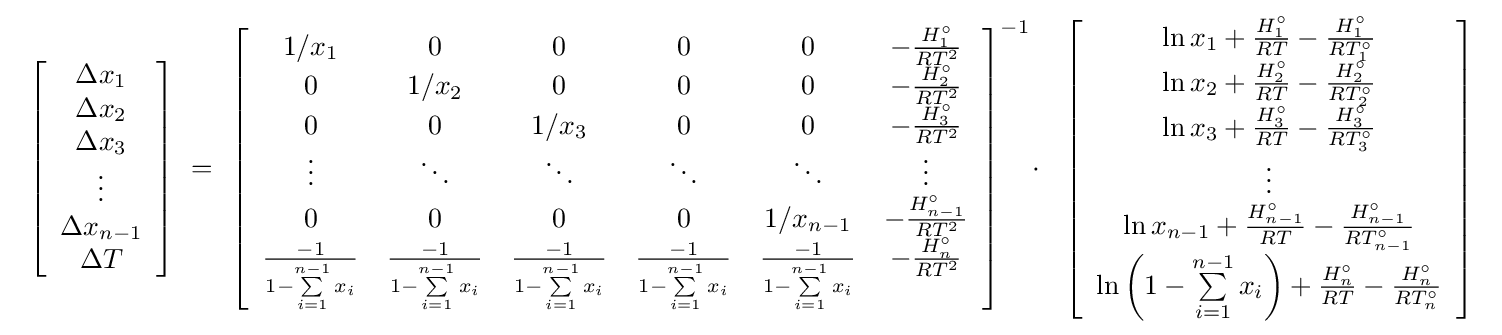
{\begin{array}{c}\left[{\begin{array}{*{20}c}{\Delta x_{1}}\\{\Delta x_{2}}\\{\Delta x_{3}}\\\vdots \\{\Delta x_{n-1}}\\{\Delta T}\\\end{array}}\right]\ =\ \left[{\begin{array}{*{20}c}{1/x_{1}}&0&0&0&0&{-{\frac {H_{1}^{\circ }}{RT^{2}}}}\\0&{1/x_{2}}&0&0&0&{-{\frac {H_{2}^{\circ }}{RT^{2}}}}\\0&0&{1/x_{3}}&0&0&{-{\frac {H_{3}^{\circ }}{RT^{2}}}}\\\vdots &\ddots &\ddots &\ddots &\ddots &{\vdots }\\0&0&0&0&{1/x_{n-1}}&{-{\frac {H_{n-1}^{\circ }}{RT^{2}}}}\\{\frac {-1}{1-\sum \limits _{i=1}^{n-1}{x_{i}}}}&{\frac {-1}{1-\sum \limits _{i=1}^{n-1}{x_{i}}}}&{\frac {-1}{1-\sum \limits _{i=1}^{n-1}{x_{i}}}}&{\frac {-1}{1-\sum \limits _{i=1}^{n-1}{x_{i}}}}&{\frac {-1}{1-\sum \limits _{i=1}^{n-1}{x_{i}}}}&{-{\frac {H_{n}^{\circ }}{RT^{2}}}}\\\end{array}}\right]^{-1}\!\cdot \ \ \left[{\begin{array}{*{20}c}{\ln x_{1}+{\frac {H_{1}^{\circ }}{RT}}-{\frac {H_{1}^{\circ }}{RT_{1}^{\circ }}}}\\{\ln x_{2}+{\frac {H_{2}^{\circ }}{RT}}-{\frac {H_{2}^{\circ }}{RT_{2}^{\circ }}}}\\{\ln x_{3}+{\frac {H_{3}^{\circ }}{RT}}-{\frac {H_{3}^{\circ }}{RT_{3}^{\circ }}}}\\\vdots \\{\ln x_{n-1}+{\frac {H_{n-1}^{\circ }}{RT}}-{\frac {H_{n-1}^{\circ }}{RT_{n-1}^{\circ }}}}\\{\ln \left({1-\sum \limits _{i=1}^{n-1}{x_{i}}}\right)+{\frac {H_{n}^{\circ }}{RT}}-{\frac {H_{n}^{\circ }}{RT_{n}^{\circ }}}}\\\end{array}}\right]\end{array}}